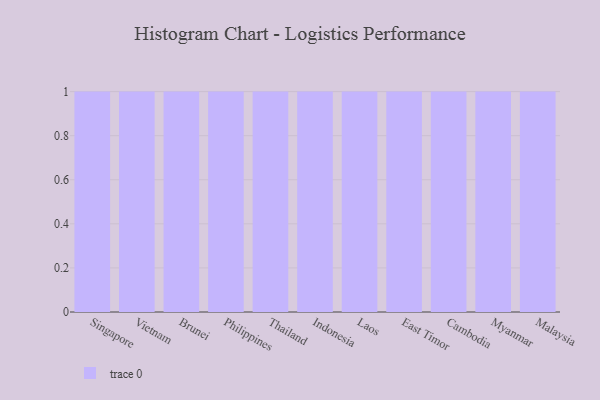
{"axis": {"x": "Country", "y": "Budget (USD K)"}, "legend": [""], "data": [{"x": "Singapore", "y": 21, "type": ""}, {"x": "Vietnam", "y": 3, "type": ""}, {"x": "Brunei", "y": 15, "type": ""}, {"x": "Philippines", "y": 87, "type": ""}, {"x": "Thailand", "y": 53, "type": ""}, {"x": "Indonesia", "y": 77, "type": ""}, {"x": "Laos", "y": 53, "type": ""}, {"x": "East Timor", "y": 67, "type": ""}, {"x": "Cambodia", "y": 92, "type": ""}, {"x": "Myanmar", "y": 29, "type": ""}, {"x": "Malaysia", "y": 56, "type": ""}]}